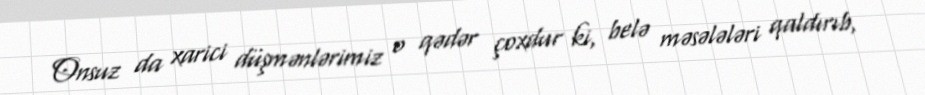
Onsuz da xarici düşmənlərimiz o qədər çoxdur ki, belə məsələləri qaldırıb,